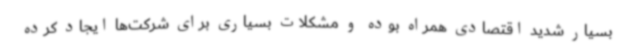
بسیار شدید اقتصادی همراه بوده و مشکلات بسیاری برای شرکت‌ها ایجاد کرده